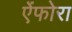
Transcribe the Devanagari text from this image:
ऐंफोरा